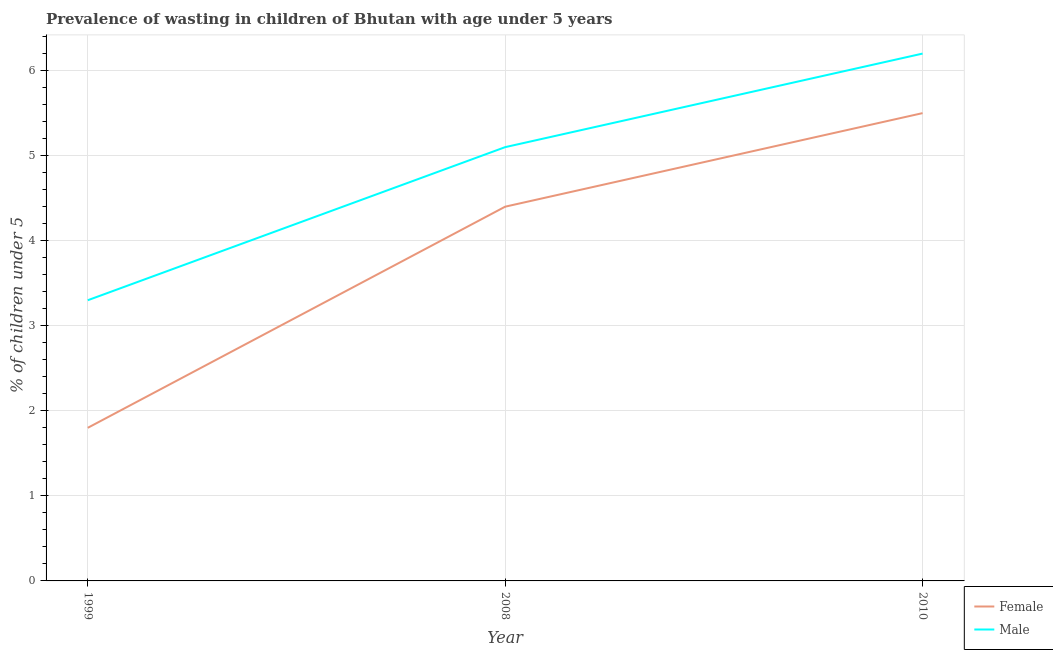
| Year | Female | Male |
 | --- | --- | --- |
 | 1999 | 1.8 | 3.3 |
 | 2008 | 4.4 | 5.1 |
 | 2010 | 5.5 | 6.2 |